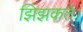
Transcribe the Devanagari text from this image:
झिझकते।